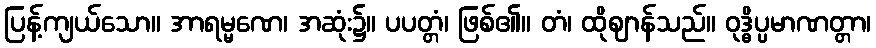
ပြန့်ကျယ်သော။ အာရမ္မဏေ၊ အဆုံး၌။ ပပတ္တံ၊ ဖြစ်၏။ တံ၊ ထိုဈာန်သည်။ ဝုဒ္ဓိပ္ပမာဏတ္တာ၊